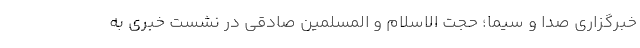
خبرگزاری صدا و سیما؛ حجت الاسلام و المسلمین صادقی در نشست خبری به